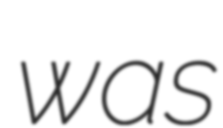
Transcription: was